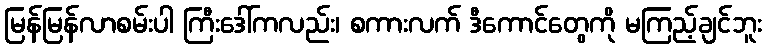
မြန်မြန်လာစမ်းပါ ကြီးဒေါ်ကလည်း၊ စကားလက် ဒီကောင်တွေကို မကြည့်ချင်ဘူး